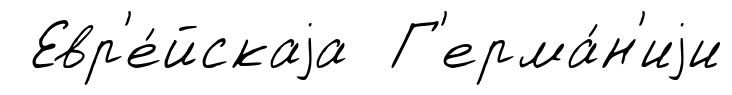
Евр'е́йскаjа Г'ерма́н'иjи